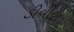
ડીવીટી